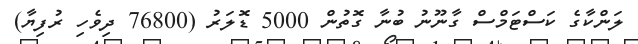
ލަންކާގެ ކަސްޓަމްސް ގާނޫނު ބުނާ ގޮތުން 5000 ޑޮލަރު (76800 ދިވެހި ރުފިޔާ)